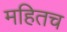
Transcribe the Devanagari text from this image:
महितच